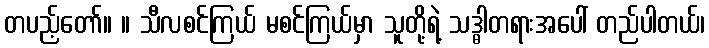
တပည့်တော်။ ။ သီလစင်ကြယ် မစင်ကြယ်မှာ သူတို့ရဲ့ သဒ္ဓါတရားအပေါ် တည်ပါတယ်၊